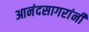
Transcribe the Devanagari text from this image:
आनंदसागरांनी